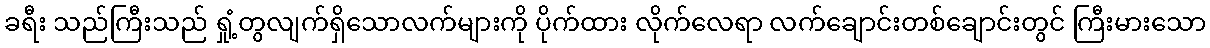
ခရီး သည်ကြီးသည် ရှုံ့တွလျက်ရှိသောလက်များကို ပိုက်ထား လိုက်လေရာ လက်ချောင်းတစ်ချောင်းတွင် ကြီးမားသော